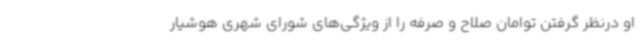
او درنظر گرفتن توامان صلاح و صرفه را از ویژگی‌های شورای شهری هوشیار